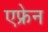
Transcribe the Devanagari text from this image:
एफ्रेन